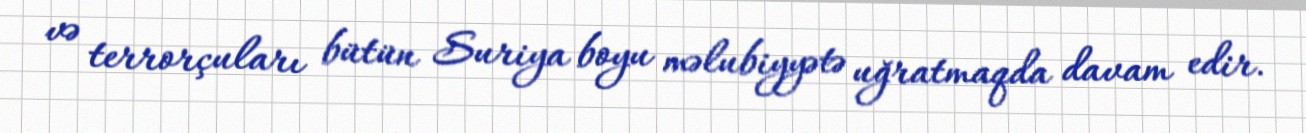
və terrorçuları bütün Suriya boyu məlubiyyətə uğratmaqda davam edir.